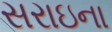
સરાઇના